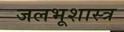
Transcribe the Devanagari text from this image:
जलभूशास्त्र